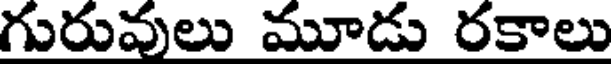
గురువులు మూడు రకాలు